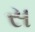
સ